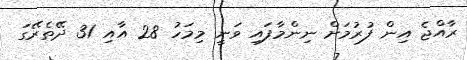
ރާއްޖެ އިން ފުރުމަށް ނިންމާފައި ވަނީ މިމަހު 28 އާއި 31 ދޭތެރޭގަ